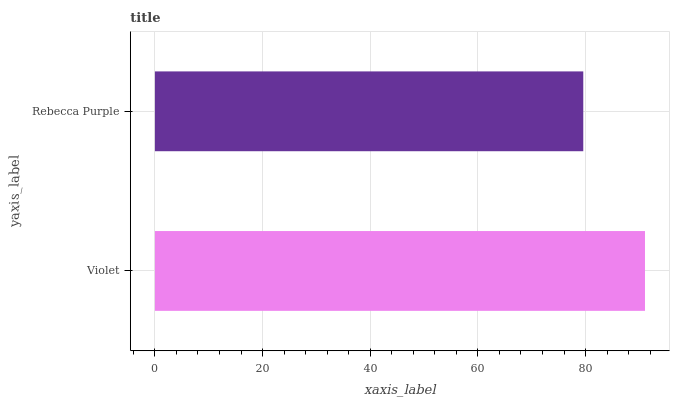
| yaxis_label | bars |
 | --- | --- |
 | Violet | 91 |
 | Rebecca Purple | 79.6 |